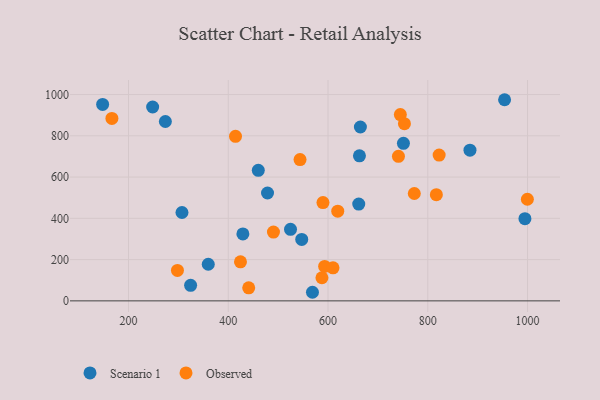
{"axis": {"x": "Speed", "y": "Rating"}, "legend": ["Observed", "Scenario 1"], "data": [{"x": "359.9", "y": 177.4, "type": "Scenario 1"}, {"x": "547.3", "y": 298.0, "type": "Scenario 1"}, {"x": "568.8", "y": 41.6, "type": "Scenario 1"}, {"x": "954.0", "y": 974.9, "type": "Scenario 1"}, {"x": "273.9", "y": 869.4, "type": "Scenario 1"}, {"x": "324.5", "y": 75.1, "type": "Scenario 1"}, {"x": "460.2", "y": 632.5, "type": "Scenario 1"}, {"x": "429.3", "y": 324.5, "type": "Scenario 1"}, {"x": "884.6", "y": 730.3, "type": "Scenario 1"}, {"x": "148.1", "y": 952.3, "type": "Scenario 1"}, {"x": "663.0", "y": 702.8, "type": "Scenario 1"}, {"x": "524.8", "y": 346.5, "type": "Scenario 1"}, {"x": "248.4", "y": 939.7, "type": "Scenario 1"}, {"x": "307.2", "y": 428.3, "type": "Scenario 1"}, {"x": "751.2", "y": 763.6, "type": "Scenario 1"}, {"x": "994.8", "y": 398.5, "type": "Scenario 1"}, {"x": "664.9", "y": 842.6, "type": "Scenario 1"}, {"x": "478.7", "y": 522.7, "type": "Scenario 1"}, {"x": "661.6", "y": 468.9, "type": "Scenario 1"}, {"x": "999.7", "y": 492.6, "type": "Observed"}, {"x": "414.5", "y": 797.6, "type": "Observed"}, {"x": "424.5", "y": 189.3, "type": "Observed"}, {"x": "441.0", "y": 63.2, "type": "Observed"}, {"x": "745.0", "y": 902.8, "type": "Observed"}, {"x": "817.2", "y": 514.5, "type": "Observed"}, {"x": "753.2", "y": 858.8, "type": "Observed"}, {"x": "593.2", "y": 166.9, "type": "Observed"}, {"x": "166.7", "y": 884.3, "type": "Observed"}, {"x": "490.6", "y": 333.6, "type": "Observed"}, {"x": "822.8", "y": 706.7, "type": "Observed"}, {"x": "543.9", "y": 685.0, "type": "Observed"}, {"x": "610.0", "y": 160.3, "type": "Observed"}, {"x": "589.9", "y": 476.5, "type": "Observed"}, {"x": "741.2", "y": 700.7, "type": "Observed"}, {"x": "773.0", "y": 520.3, "type": "Observed"}, {"x": "587.8", "y": 111.9, "type": "Observed"}, {"x": "619.5", "y": 434.6, "type": "Observed"}, {"x": "298.1", "y": 147.4, "type": "Observed"}]}